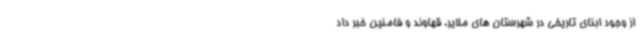
از وجود ابنای تاریخی در شهرستان های ملایر، قهاوند و فامنین خبر داد